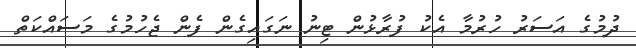
ދުމުގެ އަސަރު ހުރުމާ އެކު ފުރާޅުން ޓިނު ނަގައިގެން ފެން ޖެހުމުގެ މަސައްކަތް